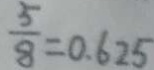
\frac { 5 } { 8 } = 0 . 6 2 5